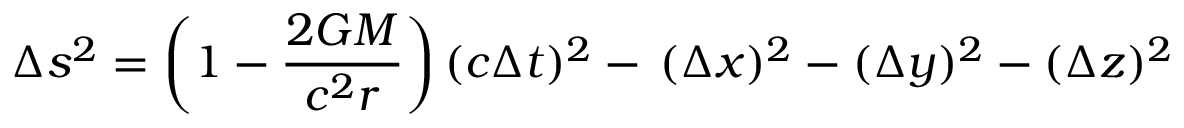
\Delta s ^ { 2 } = \left( 1 - { \frac { 2 G M } { c ^ { 2 } r } } \right) ( c \Delta t ) ^ { 2 } - \, ( \Delta x ) ^ { 2 } - ( \Delta y ) ^ { 2 } - ( \Delta z ) ^ { 2 }